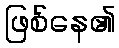
ဖြစ်နေ၏